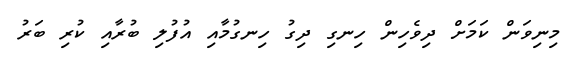
މިނިވަން ކަމަށް ދިވެހިން ހިނގި ދިގު ހިނގުމާއި އުފުލި ބުރާއި ކުރި ބަރު